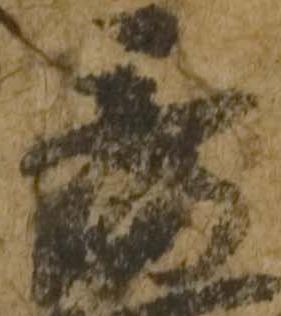
秀